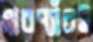
মারপ্যাঁচই